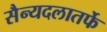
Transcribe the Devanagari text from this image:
सैन्यदलातर्फे